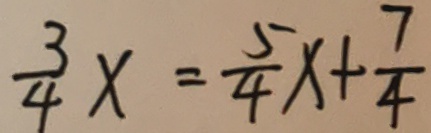
\frac { 3 } { 4 } x = \frac { 5 } { 4 } x + \frac { 7 } { 4 }